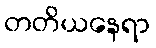
တတိယနေရာ